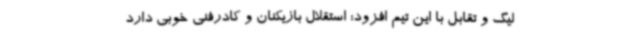
لیگ و تقابل با این تیم افزود: استقلال بازیکنان و کادرفنی خوبی دارد